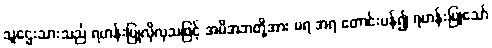
သူဌေးသားသည် ရဟန်းပြုလိုလှသဖြင့် အမိအဘတို့အား မရ အရ တောင်းပန်၍ ရဟန်းပြုသော်